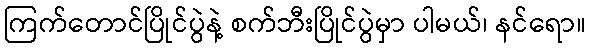
ကြက်တောင်ပြိုင်ပွဲနဲ့ စက်ဘီးပြိုင်ပွဲမှာ ပါမယ်၊ နင်ရော။